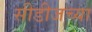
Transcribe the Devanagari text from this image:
सीडीजच्या